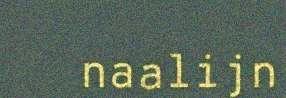
naalijn